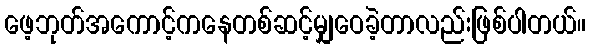
ဖေ့ဘုတ်အကောင့်ကနေတစ်ဆင့်မျှဝေခဲ့တာလည်းဖြစ်ပါတယ်။